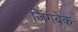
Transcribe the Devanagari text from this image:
जिंगबेक